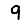
Digit: 9